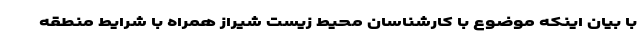
با بیان اینکه موضوع با کارشناسان محیط زیست شیراز همراه با شرایط منطقه